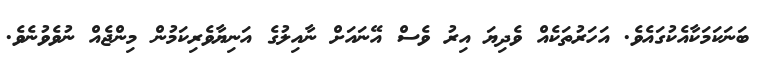
ބަނަކަމަކާއެކުގައެވެ. އަހަރުތަކެއް ވެދިޔަ އިރު ވެސް އޭނައަށް ނާއިލުގެ އަނިޔާވެރިކަމުން މިންޖެއް ނުވެވުނެވެ.